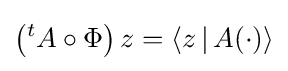
\left({}^{t}A\circ \Phi \right)z=\langle z\,|\,A(\cdot )\rangle